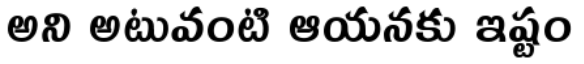
అని అటువంటి ఆయనకు ఇష్టం